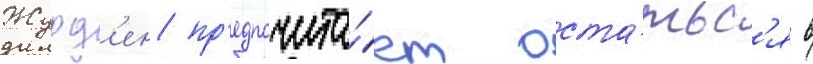
Журд'ен пр'едпочита́ет оста́тьс'я в